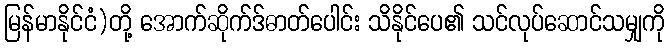
မြန်မာနိုင်ငံ)တို့ အောက်ဆိုက်ဒ်ဓာတ်ပေါင်း သိနိုင်ပေ၏ သင်လုပ်ဆောင်သမျှကို